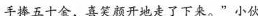
手捧五十金，喜笑颜开地走了下来。”小伙